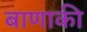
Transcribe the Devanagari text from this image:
बाणाकी